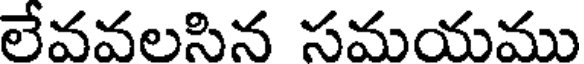
లేవవలసిన సమయము